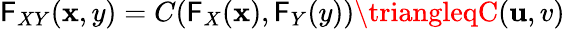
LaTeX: \mathsf{F}_{XY}(\mathbf{x},y)=C(\mathsf{F}_{X}(\mathbf{x}),\mathsf{F}_{Y}(y))\triangleqC(\mathbf{u},v)